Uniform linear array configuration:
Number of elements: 8
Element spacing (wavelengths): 0.5
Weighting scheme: cosine
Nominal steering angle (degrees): -45
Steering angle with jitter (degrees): -46.761
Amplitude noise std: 0.05
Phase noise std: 0.05

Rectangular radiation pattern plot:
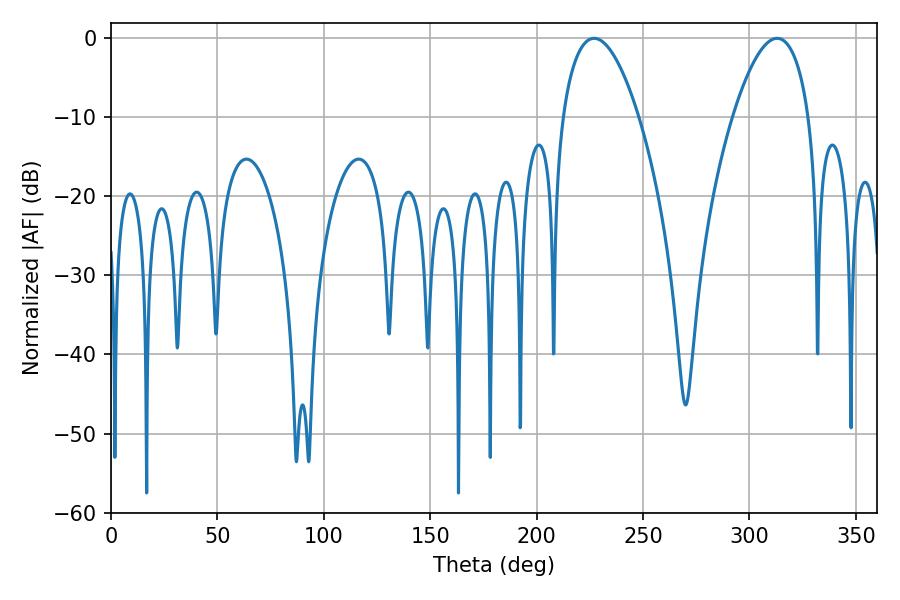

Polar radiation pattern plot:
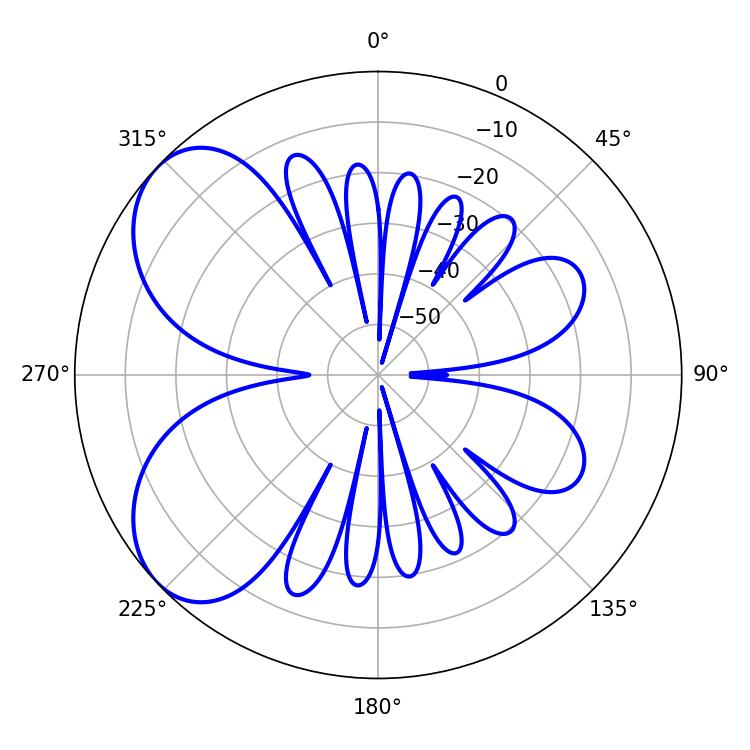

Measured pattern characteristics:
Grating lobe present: FALSE
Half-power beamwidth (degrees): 19.98
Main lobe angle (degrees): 226.98